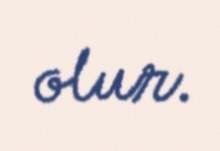
olur.